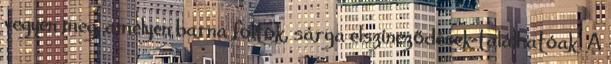
vegyen meg, amelyen barna foltok, sárga elszíneződések találhatóak. A